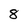
Character: 8